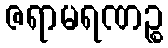
ဇရာမရဏဉ္စ